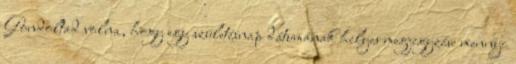
Gondoltad volna, hogy egy születésnap dátumának helyes megjegyzése mennyi